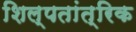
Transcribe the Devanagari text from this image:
शिल्पतांत्रिक